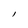
Character: l